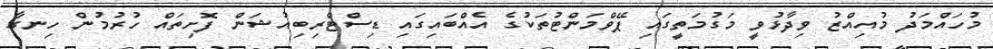
މުހައްމަދު މުއިއްޒު ވިދާޅުވީ މަގުމަތީގައި ޕޭވްމަންޓުތަކުގެ އެއްބައިގައި ޑިސްޓްރިބިއުޝަން ފޮށިތައް ހުރުމުން ހިނގާ